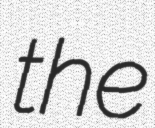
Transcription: the